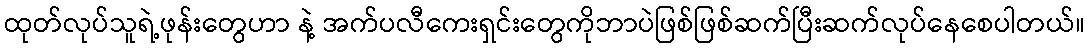
ထုတ်လုပ်သူရဲ့ဖုန်းတွေဟာ နဲ့ အက်ပလီကေးရှင်းတွေကိုဘာပဲဖြစ်ဖြစ်ဆက်ပြီးဆက်လုပ်နေစေပါတယ်။